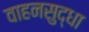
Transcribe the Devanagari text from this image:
वाहनसुद्धा